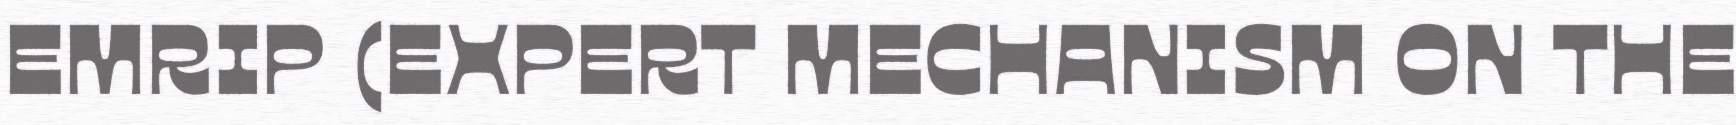
EMRIP (EXPERT MECHANISM ON THE